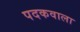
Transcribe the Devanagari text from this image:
पदकवाला